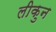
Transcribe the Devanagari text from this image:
लीकुन